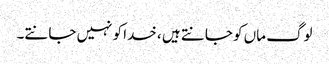
لوگ ماں کو جانتے ہیں ، خدا کو نہیں جانتے۔